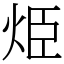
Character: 烥